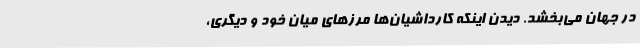
در جهان می‌بخشد. دیدن اینکه کارداشیان‌ها مرزهای میان خود و دیگری،